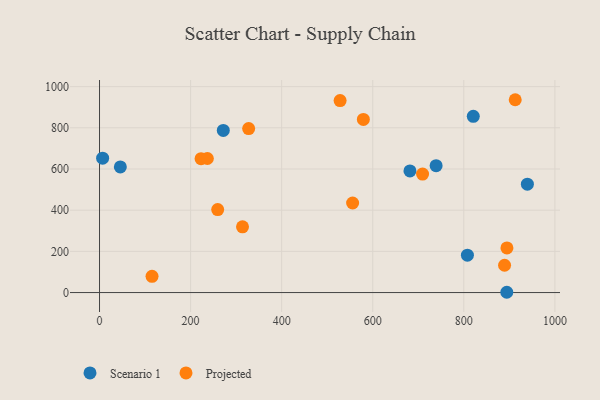
{"axis": {"x": "Distance", "y": "Sales"}, "legend": ["Projected", "Scenario 1"], "data": [{"x": "939.6", "y": 526.2, "type": "Scenario 1"}, {"x": "271.8", "y": 787.3, "type": "Scenario 1"}, {"x": "681.7", "y": 590.7, "type": "Scenario 1"}, {"x": "820.8", "y": 855.8, "type": "Scenario 1"}, {"x": "739.2", "y": 616.0, "type": "Scenario 1"}, {"x": "807.9", "y": 181.6, "type": "Scenario 1"}, {"x": "6.8", "y": 652.6, "type": "Scenario 1"}, {"x": "894.4", "y": 1.4, "type": "Scenario 1"}, {"x": "45.7", "y": 609.9, "type": "Scenario 1"}, {"x": "528.3", "y": 932.1, "type": "Projected"}, {"x": "709.4", "y": 575.3, "type": "Projected"}, {"x": "579.4", "y": 840.9, "type": "Projected"}, {"x": "555.8", "y": 434.9, "type": "Projected"}, {"x": "889.5", "y": 132.7, "type": "Projected"}, {"x": "223.0", "y": 650.0, "type": "Projected"}, {"x": "314.0", "y": 319.0, "type": "Projected"}, {"x": "327.5", "y": 796.3, "type": "Projected"}, {"x": "115.3", "y": 79.0, "type": "Projected"}, {"x": "236.8", "y": 651.0, "type": "Projected"}, {"x": "894.7", "y": 216.6, "type": "Projected"}, {"x": "259.5", "y": 402.9, "type": "Projected"}, {"x": "912.9", "y": 936.4, "type": "Projected"}]}